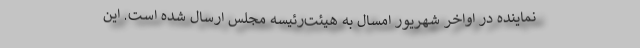
نماینده در اواخر شهریور امسال به هیئت‌رئیسه مجلس ارسال شده‌ است. این